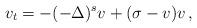
LaTeX: \begin{align*}v_t=-(-\Delta)^sv+(\sigma-v)v\,,\end{align*}